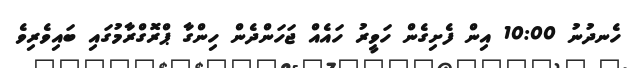
ހެނދުނު 10:00 އިން ފެށިގެން ހަވީރު ހައެއް ޖަހަންދެން ހިންގާ ޕްރޮގްރާމުގައި ބައިވެރިވެ